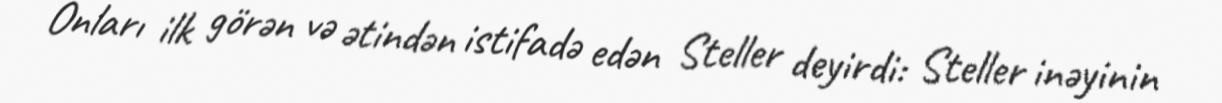
Onları ilk görən və ətindən istifadə edən Steller deyirdi: Steller inəyinin